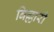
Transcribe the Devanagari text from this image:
बिल्लारी